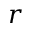
\boldsymbol { r }